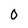
Character: 0